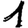
Digit: 1